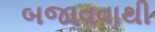
બજાવવાથી